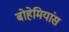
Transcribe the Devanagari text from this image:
बोहेमियांस